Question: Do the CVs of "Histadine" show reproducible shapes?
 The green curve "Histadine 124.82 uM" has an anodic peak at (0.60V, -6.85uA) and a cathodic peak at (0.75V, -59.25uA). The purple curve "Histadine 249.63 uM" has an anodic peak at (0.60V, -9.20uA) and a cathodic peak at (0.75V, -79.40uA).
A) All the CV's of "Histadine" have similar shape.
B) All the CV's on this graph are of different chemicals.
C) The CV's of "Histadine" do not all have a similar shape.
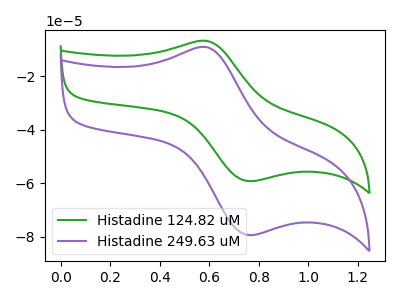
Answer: <think>All the peaks in "Histadine 124.82 uM" have a peak in "Histadine 249.63 uM" at the same potential.
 </think>
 <answer>A) All the CV's of "Histadine" have similar shape.</answer>
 <eval>A</eval>